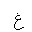
Letter: _gayn